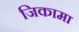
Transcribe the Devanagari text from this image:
जिकामा